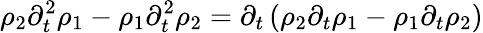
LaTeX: \rho_{2}\partial_{t}^{2}\rho_{1}-\rho_{1}\partial_{t}^{2}\rho_{2}=\partial_{t}\left(\rho_{2}\partial_{t}\rho_{1}-\rho_{1}\partial_{t}\rho_{2}\right)